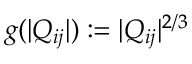
g ( | Q _ { i j } | ) : = | Q _ { i j } | ^ { 2 / 3 }